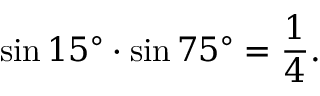
\sin 1 5 ^ { \circ } \cdot \sin 7 5 ^ { \circ } = { \frac { 1 } { 4 } } .